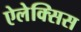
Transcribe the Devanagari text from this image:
ऐलेक्‍सिस